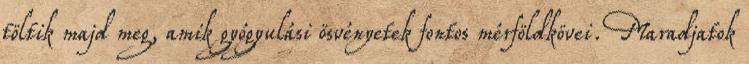
töltik majd meg, amik gyógyulási ösvényetek fontos mérföldkövei. Maradjatok